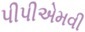
પીપીએમવી